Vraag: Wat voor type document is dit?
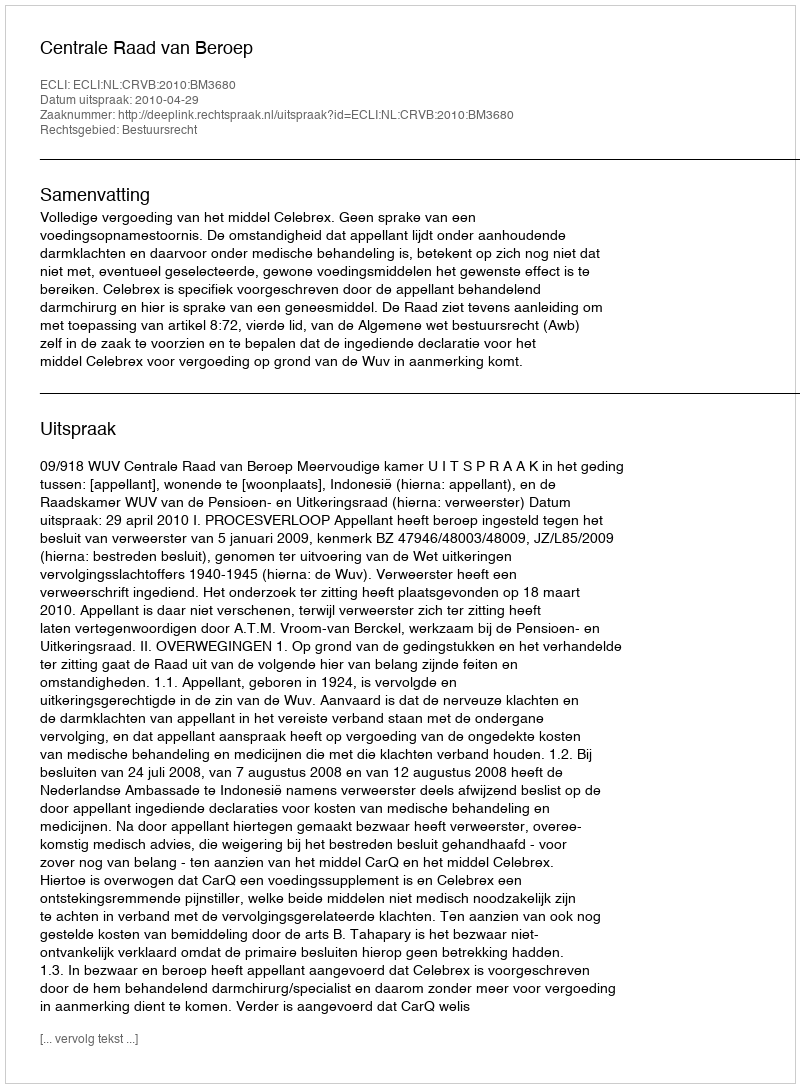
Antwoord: Uitspraak